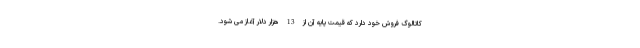
کاتالوگ فروش خود دارد که قیمت پایه آن از 13 هزار دلار آغاز می شود.